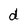
Character: d